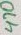
Text: 470